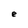
Character: e